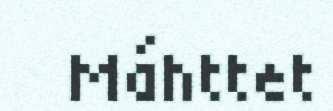
Máhttet